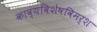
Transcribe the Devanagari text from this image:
काव्यविशेषविमर्श